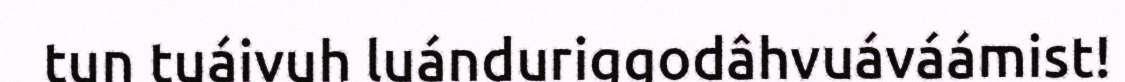
tun tuáivuh luánduriggodâhvuáváámist!